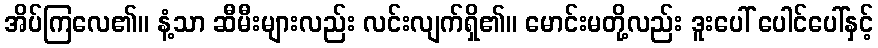
အိပ်ကြလေ၏။ နံ့သာ ဆီမီးများလည်း လင်းလျက်ရှိ၏။ မောင်းမတို့လည်း ဒူးပေါ် ပေါင်ပေါ်နှင့်